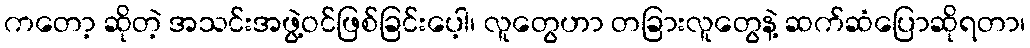
ကတော့ ဆိုတဲ့ အသင်းအဖွဲ့ဝင်ဖြစ်ခြင်းပေ့ါ၊ လူတွေဟာ တခြားလူတွေနဲ့ ဆက်ဆံပြောဆိုရတာ၊